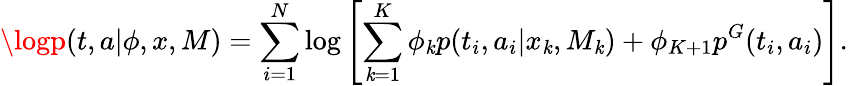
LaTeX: \logp(t,a|\phi,x,M)=\sum_{i=1}^{N}\log\left[\sum_{\mathit{k}=1}^{K}\phi_{\mathit{k}}p(t_{i},a_{i}|x_{\mathit{k}},M_{\mathit{k}})+\phi_{K+1}p^{G}(t_{i},a_{i})\right].